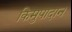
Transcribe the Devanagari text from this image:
किमुपादान